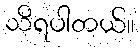
သိရပါတယ်။